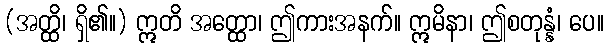
(အတ္ထိ၊ ရှိ၏။) ဣတိ အတ္ထော၊ ဤကားအနက်။ ဣမိနာ၊ ဤစတုန္နံ၊ ပေ။